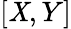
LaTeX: [\mathit{X},Y]